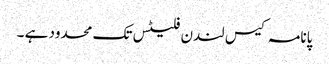
پانامہ کیس لندن فلیٹس تک محدود ہے ۔